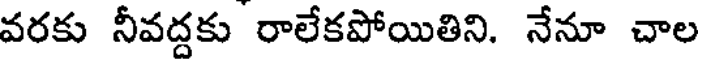
వరకు నీవద్దకు రాలేకపోయితిని. నేనూ చాల